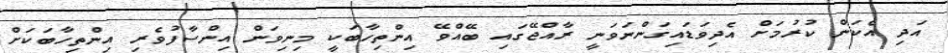
އަދި އެކަން ކުރުމަށް އެދިވަޑައިގަންނަވަނީ ރާއްޖޭގައި ބޭއްވޭ އިންތިހާބަކީ މިނިވަން އިންސާފުވެރި އިންތިހާބަކަށް